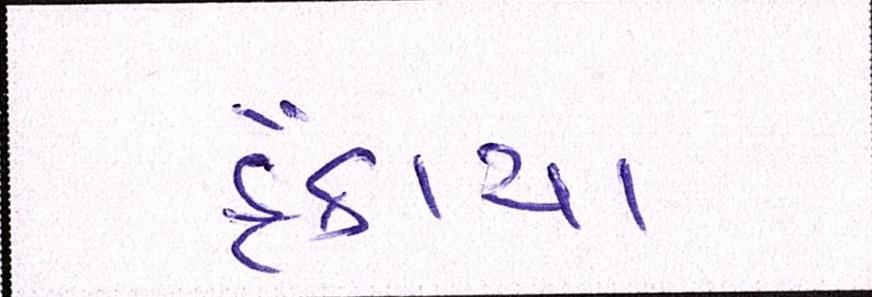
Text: ફેંકાયા